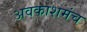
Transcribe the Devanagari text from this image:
अवकाशमंच